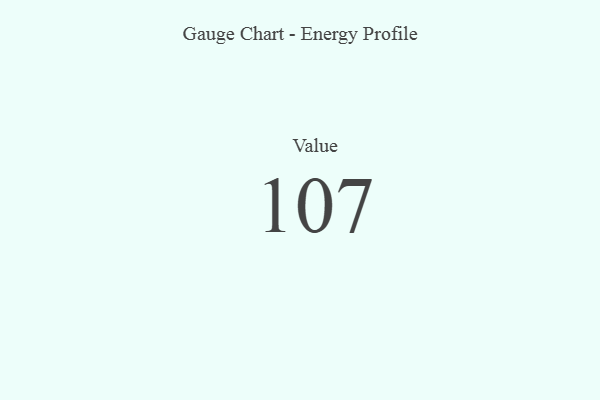
{"axis": {"x": "Metric", "y": "Value"}, "legend": [""], "data": [{"x": "Value", "y": 107, "type": ""}]}